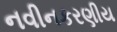
નવીનકરણીય